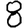
Digit: 8